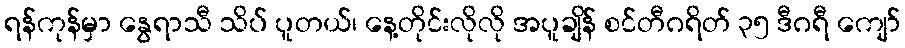
ရန်ကုန်မှာ နွေရာသီ သိပ် ပူတယ်၊ နေ့တိုင်းလိုလို အပူချိန် စင်တီဂရိတ် ၃၅ ဒီဂရီ ကျော်